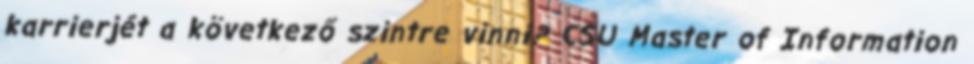
karrierjét a következő szintre vinni? CSU Master of Information